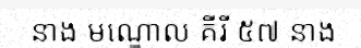
នាង មណ្ឌោល គីរី ៥៧ នាង